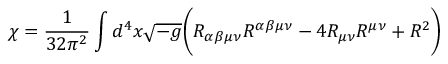
\chi = \frac { 1 } { 3 2 \pi ^ { 2 } } \int d ^ { 4 } x \sqrt { - g } \biggl ( R _ { \alpha \beta \mu \nu } R ^ { \alpha \beta \mu \nu } - 4 R _ { \mu \nu } R ^ { \mu \nu } + R ^ { 2 } \biggr )